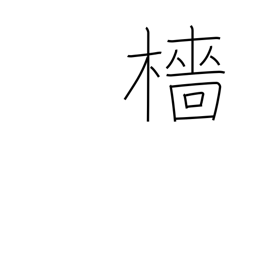
Meaning: mast